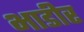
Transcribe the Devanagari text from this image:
भाडीर